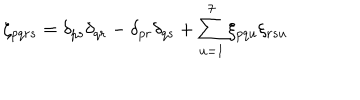
\zeta _ { p q r s } = \delta _ { p s } \delta _ { q r } - \delta _ { p r } \delta _ { q s } + \sum _ { u = 1 } ^ { 7 } \xi _ { p q u } \xi _ { r s u }